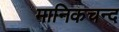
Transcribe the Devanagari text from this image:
मानिकचन्द